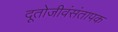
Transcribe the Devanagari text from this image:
दूतोजीवंसंतापक